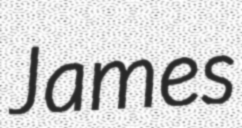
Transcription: James